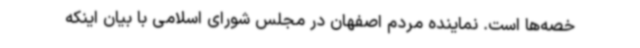
خصه‌ها است. نماینده مردم اصفهان در مجلس شورای اسلامی با بیان اینکه